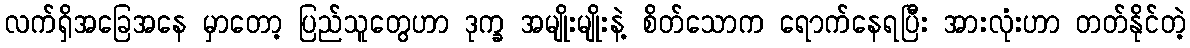
လက်ရှိအခြေအနေ မှာတော့ ပြည်သူတွေဟာ ဒုက္ခ အမျိုးမျိုးနဲ့ စိတ်သောက ရောက်နေရပြီး အားလုံးဟာ တတ်နိုင်တဲ့